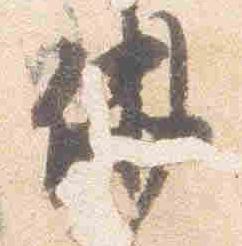
偁